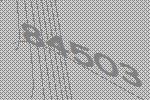
84503